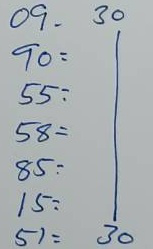
09 = 30
90 = 30
55 = 30
58 = 30
85 = 30
15 = 30
51 = 30